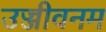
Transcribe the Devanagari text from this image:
उज्जीवनम